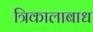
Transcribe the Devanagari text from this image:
त्रिकालाबाध